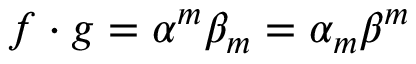
f \cdot g = \alpha ^ { m } \beta _ { m } = \alpha _ { m } \beta ^ { m }